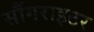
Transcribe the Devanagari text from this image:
सौंगराइटर